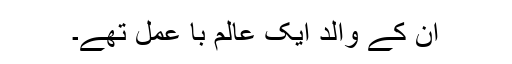
ان کے والد ایک عالم با عمل تھے۔